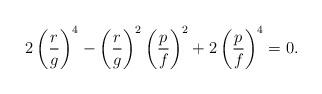
LaTeX: \begin{align*}2\left( \frac{r}{g}\right) ^{4}-\left( \frac{r}{g}\right) ^{2}\left( \frac{p}{f}\right) ^{2}+2\left( \frac{p}{f}\right) ^{4}=0. \end{align*}